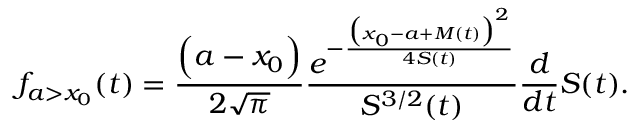
f _ { a > x _ { 0 } } ( t ) = \frac { \Big ( a - x _ { 0 } \Big ) } { 2 \sqrt { \pi } } \frac { e ^ { - \frac { \big ( x _ { 0 } - a + M ( t ) \big ) ^ { 2 } } { 4 S ( t ) } } } { S ^ { 3 / 2 } ( t ) } \frac { d } { d t } S ( t ) .